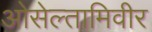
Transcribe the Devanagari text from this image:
ओसेल्तामिवीर